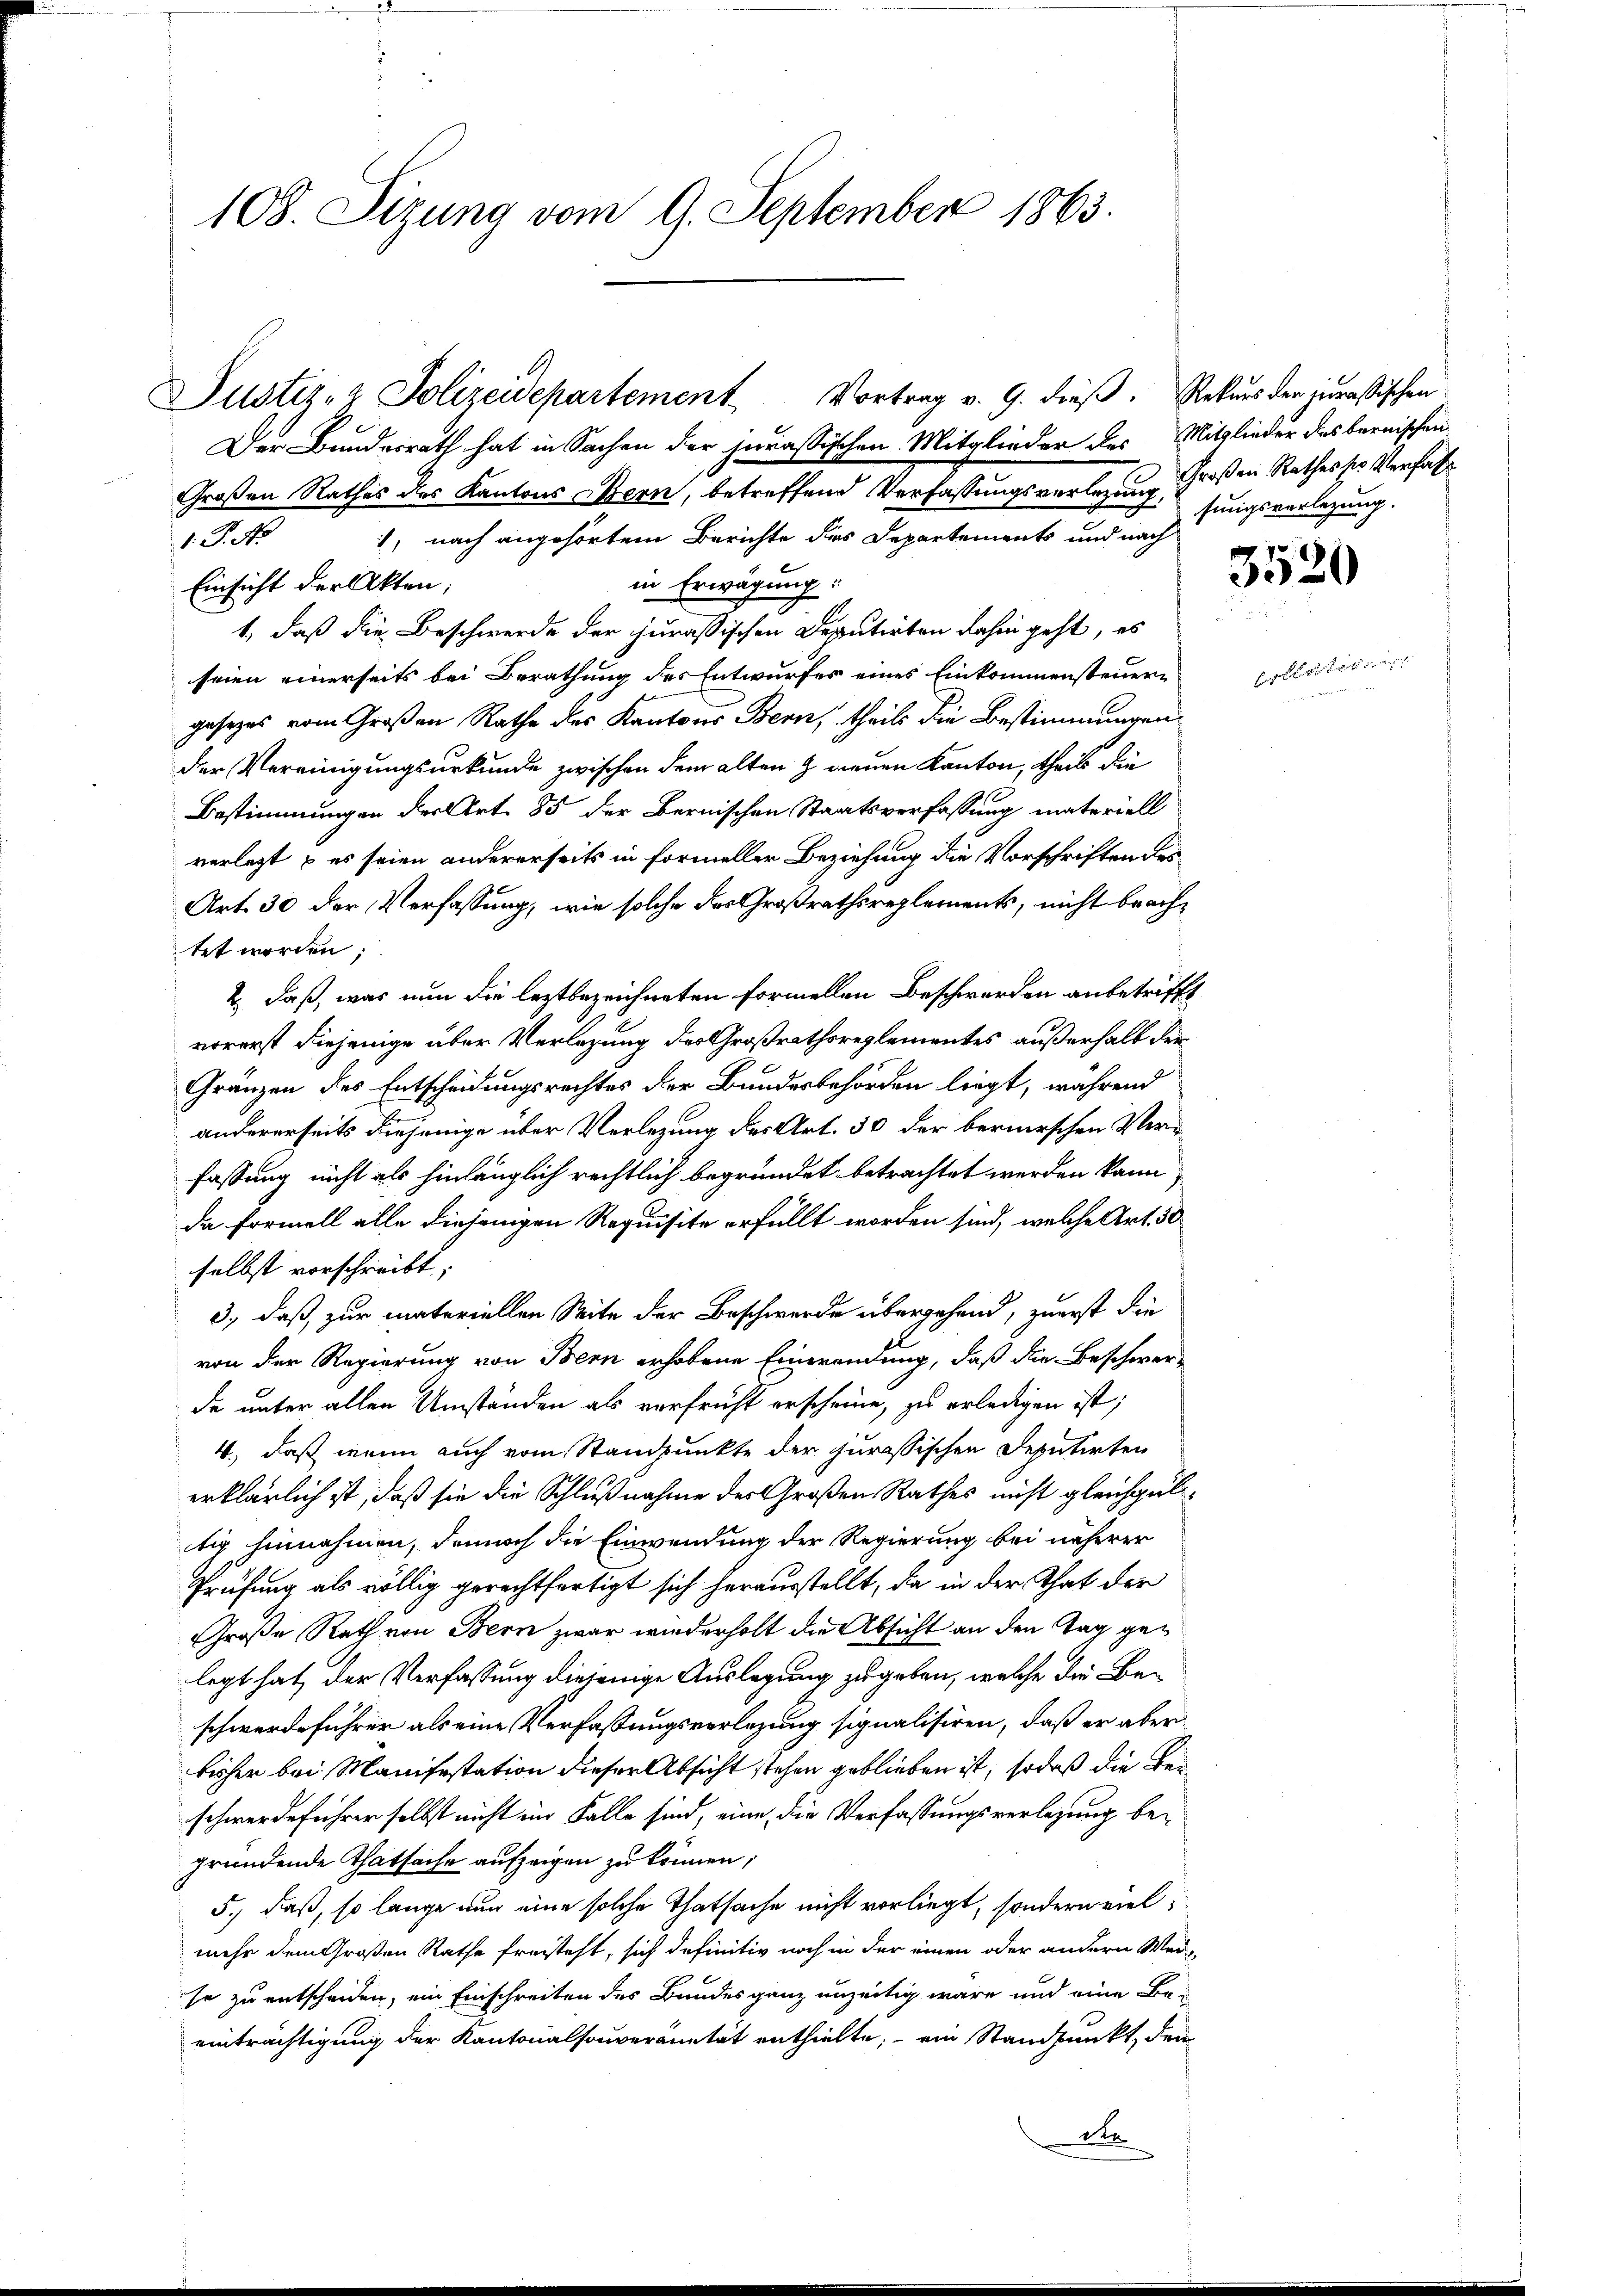
108. Sizung vom 9. September 1863.

Der Bundesrath hat in Sachen der jurassischen Mitglieder des Mitglieder des bernischen
Großen Rathes des Kantons Bern, betreffend Verfassungsverlegung Großen Rathes so Verfas
1, nach angehörtem Berichte des Departements und nach
1. P. No
Einsicht der Akten;
in Erwägung:
1., daß die Beschwerde der jurassischen Deputirten dahin geht, es
seien einerseits bei Berathung des Entwurfes eines Einkommensteuern
gesezes vom Großen Rathe des Kantons Bern, theils die Bestimmungen
der Vereinigungsurkunde zwischen dem alten & neuen Kanton, theils die
Bestimmungen der Art. 85 der Bernischen Staatsverfassung materiell
verlegt & es seien andererseits in formeller Beziehung die Vorschriften des
Art. 30 der Verfassung, wie solche des Großrathsreglements, nicht brachtet worden;
2., daß, was nun die leztbezeichneten formellen Beschwerden anbetrifft
vorerst diejenige über Verlegung des Großrathsreglementes außerhalb der
Gränzen des Entscheidungsrechtes der Bundesbehörden liegt, während
andererseits diejenige über Verlegung des Art. 50 der bernerschen Verfassung nicht als hinlänglich rechtlich begründet betrachtet werden kann,
da formell alle diejenigen Requisite erfüllt worden sind, welche Art. 30.
selbst vorschreibt,
3., daß zur materiellen Seite der Beschwerde übergehend, zuerst die
von der Regierung von Bern erhobene Einwendung, daß die Beschwerde unter allen Umständen als verfruht erscheine, zu erledigen ist;
4., daß wenn auch vom Standpunkte der jurassischen Deputirten
erklärlich ist, daß sie die Schlußnahme der Großen Rathes nicht gleichgültig hinnahmen, danach die Einwendung der Regierung bei näherer
Prüfung als völlig gerechtfertigt sich herausstellt, da in der That der
Große Rath von Bern zwar wiederholt die Absicht an den Tag gelegt hat, der Verfassung diejenige Auslegung zugeben, welche die Be-
schwerdeführer als eine Verfassungsverlegung signalisiren, daß er aber
bisher bei Manifestation dieser Absicht stehen geblieben ist, sodaß die Beischwerdeführer selbst nicht im Falle sind, eine die Verfassungsverlegung begründende Thatsache aufzeigen zu können;
5.) daß, so lange nur eine solche Thatsache nicht vorliegt, sondern vielmehr dem Großen Rathe freisteht, sich definitiv noch in der einen oder andern Werse zu entscheiden, ein Einschreiten des Bundes ganz unzeitig wäre und eine Be-
einträchtigung der Kantonalsouveränität enthielte; - ein Standpunkt, den
der

Justiz- & Polizeidepartement Vortrag v. 9. dieß. Rekurs der juraßischen

sungsverlegung.

3520

E

g